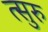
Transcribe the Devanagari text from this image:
त्सुरु